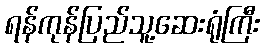
ရန်ကုန်ပြည်သူ့ဆေးရုံကြီး